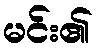
မင်း၏